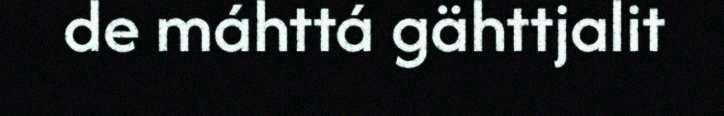
de máhttá gähttjalit